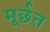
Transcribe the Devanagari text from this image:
मूर्छत